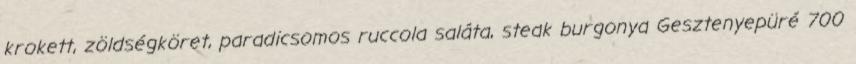
krokett, zöldségköret, paradicsomos ruccola saláta, steak burgonya Gesztenyepüré 700